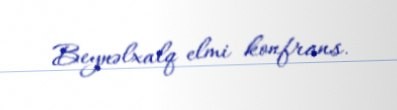
Beynəlxalq elmi konfrans.